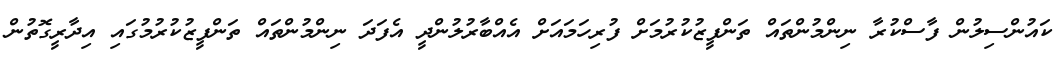
ކައުންސިލުން ފާސްކުރާ ނިންމުންތައް ތަންފީޒުކުރުމަށް ފުރިހަމައަށް އެއްބާރުލުންދީ އެފަދަ ނިންމުންތައް ތަންފީޒުކުރުމުގައި އިދާރީގޮތުން